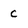
Character: C